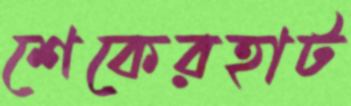
শেকেরহাট